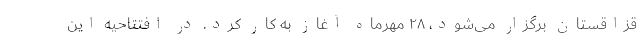
قزاقستان برگزار می‌شود، ۲۸ مهرماه آغاز به کار کرد. در افتتاحیه این